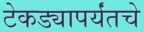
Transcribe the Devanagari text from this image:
टेकड्यापर्यंतचे